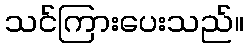
သင်ကြားပေးသည်။